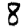
Digit: 8